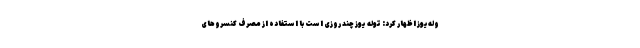
وله‌یوز اظهار کرد: توله یوز چند روزی است با استفاده از مصرف کنسروهای